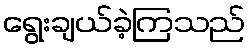
ရွေးချယ်ခဲ့ကြသည်